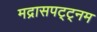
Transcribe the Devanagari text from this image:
मद्रासपट्ट्नम